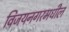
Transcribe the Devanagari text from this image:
विजयनगरमधील